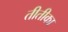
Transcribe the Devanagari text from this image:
तीतीका